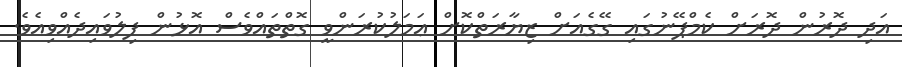
އަދި ދޮރުން ދޮރަށް ކެމްޕޭނުގައި ގޭގެއަށް ޒިޔާރަތްކޮށް ޢަމަލުކުރަންވީ ގޮތްތައްވެސް އޮޅުން ފިލުވައިދެއްވިއެވެ.